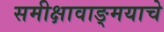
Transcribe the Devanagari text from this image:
समीक्षावाङ्मयाचे